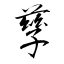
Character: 孳